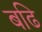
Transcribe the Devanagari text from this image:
बढि